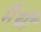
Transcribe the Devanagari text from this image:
मैथ्री